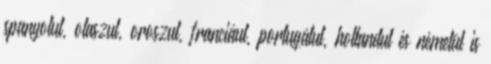
spanyolul, olaszul, oroszul, franciául, portugálul, hollandul és németül is